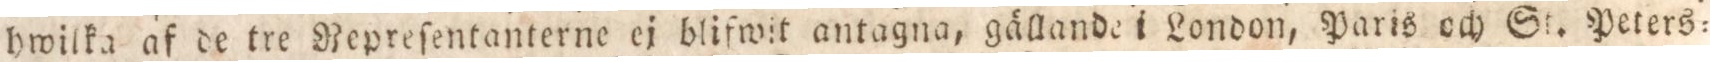
hwilka af de tre Repreſentanterne ej blifwit antagna, gällande i London, Paris och St. Peters=